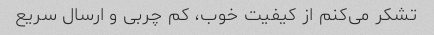
تشکر می‌کنم از کیفیت خوب، کم چربی و ارسال سریع